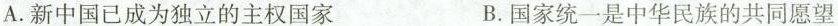
A.新中国已成为独立的主权国家 B.国家统一是中华民族的共同愿望